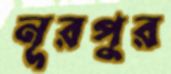
নূরপুর